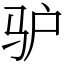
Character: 驴